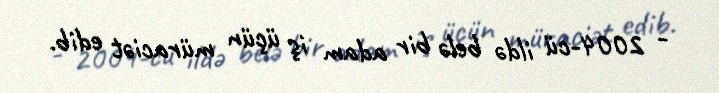
- 2004-cü ildə belə bir adam iş üçün müraciət edib.